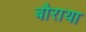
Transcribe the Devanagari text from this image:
बौराया